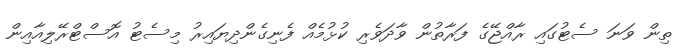
ތިން ވަނަ ސެޓުގައި ރާއްޖޭގެ ފަރާތުން ވާދަވެރި ކުޅުމެއް ފެނިގެންދިޔައިރު މިސެޓު އޮސްޓްރޭލިއާއިން